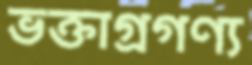
ভক্তাগ্রগণ্য